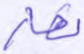
نهار